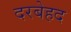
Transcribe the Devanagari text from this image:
दरबेहद